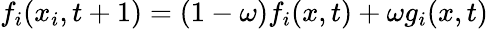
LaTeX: f_{i}(x_{i},t+1)=(1-\omega)f_{i}(x,t)+\omega g_{i}(x,t)